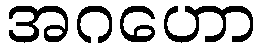
အဂဟော